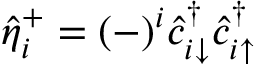
\hat { \eta } _ { i } ^ { + } = ( - ) ^ { i } \hat { c } _ { i \downarrow } ^ { \dagger } \hat { c } _ { i \uparrow } ^ { \dagger }